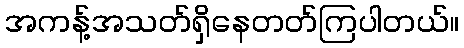
အကန့်အသတ်ရှိနေတတ်ကြပါတယ်။